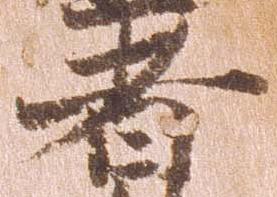
者